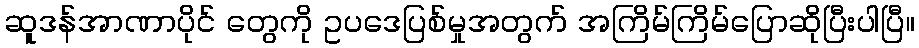
ဆူဒန်အာဏာပိုင် တွေကို ဥပဒေပြစ်မှုအတွက် အကြိမ်ကြိမ်ပြောဆိုပြီးပါပြီ။